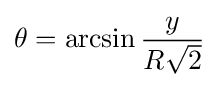
\theta =\arcsin {\frac {y}{R{\sqrt {2}}}}